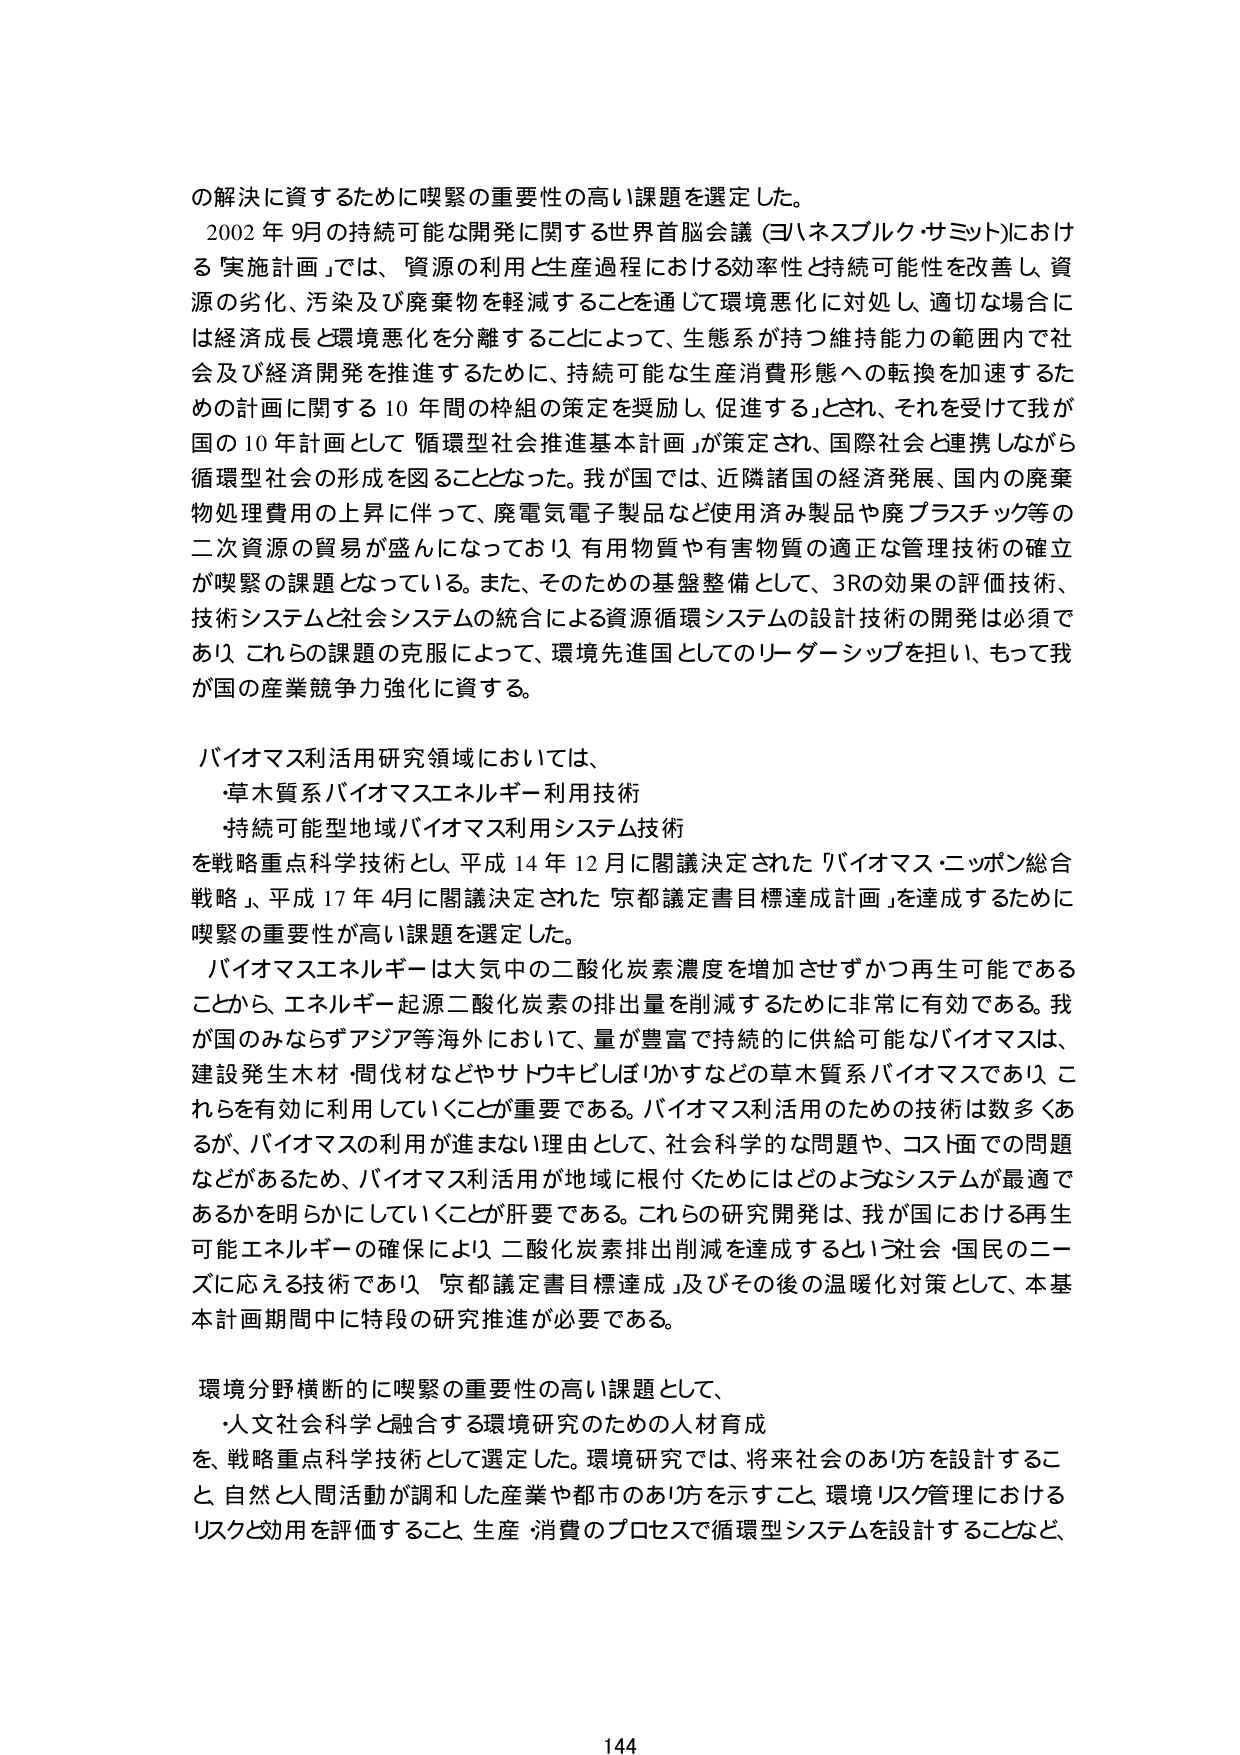
の解決に資するために喫緊の重要性の高い課題を選定した。
2002年9月の持続可能な開発に関する世界首脳会議（ヨハネスブルク・サミット）における「実施計画」では、「資源の利用と生産過程における効率性と持続可能性を改善し、資源の劣化、汚染及び廃棄物を軽減することを通じて環境悪化に対処し、適切な場合には経済成長と環境悪化を分離することによって、生態系が持つ維持能力の範囲内で社会及び経済開発を推進するために、持続可能な生産消費形態への転換を加速するための計画に関する10年間の枠組の策定を奨励し、促進する」とされ、それを受けて我が国の10年計画として「循環型社会推進基本計画」が策定され、国際社会と連携しながら循環型社会の形成を図ることとなった。我が国では、近隣諸国の経済発展、国内の廃棄物処理費用の上昇に伴って、廃電気電子製品など使用済み製品や廃プラスチック等の二次資源の貿易が盛んになっており、有用物質や有害物質の適正な管理技術の確立が喫緊の課題となっている。また、そのための基盤整備として、3Rの効果の評価技術、技術システムと社会システムの統合による資源循環システムの設計技術の開発は必須であり、これらの課題の克服によって、環境先進国としてのリーダーシップを担い、もって我が国の産業競争力強化に資する。

バイオマス利活用研究領域においては、
・草木質系バイオマスエネルギー利用技術
・持続可能型地域バイオマス利用システム技術
を戦略重点科学技術とし、平成14年12月に閣議決定された「バイオマス・ニッポン総合戦略」、平成17年4月に閣議決定された「京都議定書目標達成計画」を達成するために喫緊の重要性が高い課題を選定した。
バイオマスエネルギーは大気中の二酸化炭素濃度を増加させずかつ再生可能であることから、エネルギー起源二酸化炭素の排出量を削減するために非常に有効である。我が国のみならずアジア等海外において、量が豊富で持続的に供給可能なバイオマスは、建設発生木材・間伐材などやサトウキビしぼりかすなどの草木質系バイオマスであり、これらを有効に利用していくことが重要である。バイオマス利活用のための技術は数多くあるが、バイオマスの利用が進まない理由として、社会科学的な問題や、コスト面での問題などがあるため、バイオマス利活用が地域に根付くためにはどのようなシステムが最適であるかを明らかにしていくことが肝要である。これらの研究開発は、我が国における再生可能エネルギーの確保により、二酸化炭素排出削減を達成するという社会・国民のニーズに応える技術であり、「京都議定書目標達成」及びその後の温暖化対策として、本基本計画期間中に特段の研究推進が必要である。

環境分野横断的に喫緊の重要性の高い課題として、
・人文社会科学と融合する環境研究のための人材育成
を、戦略重点科学技術として選定した。環境研究では、将来社会のあり方を設計すること、自然と人間活動が調和した産業や都市のあり方を示すこと、環境リスク管理におけるリスクと効用を評価すること、生産・消費のプロセスで循環型システムを設計することなど、

144